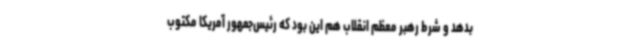
بدهد و شرط رهبر معظم انقلاب هم این بود که رئیس‌جمهور آمریکا مکتوب